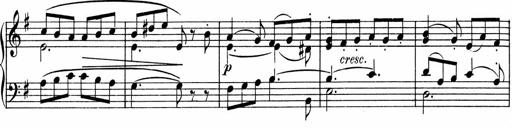
Title: 3 Sonatinen fÃ¼r Pianoforte
Composer: Fritz von Bose